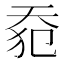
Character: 𰋡